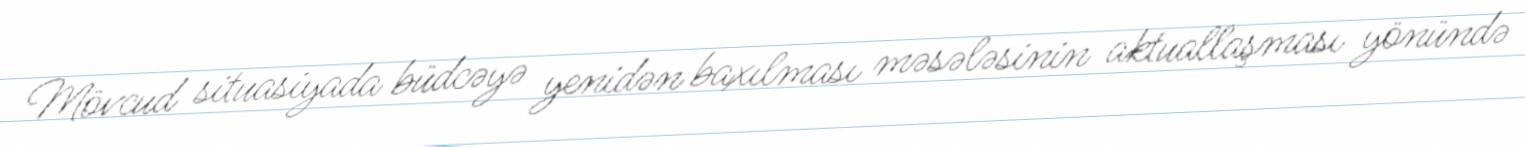
Mövcud situasiyada büdcəyə yenidən baxılması məsələsinin aktuallaşması yönündə